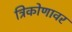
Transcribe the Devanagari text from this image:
त्रिकोणावर